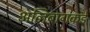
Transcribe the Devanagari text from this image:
अलिबागकडे